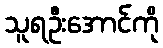
သူရဦးအောင်ကို